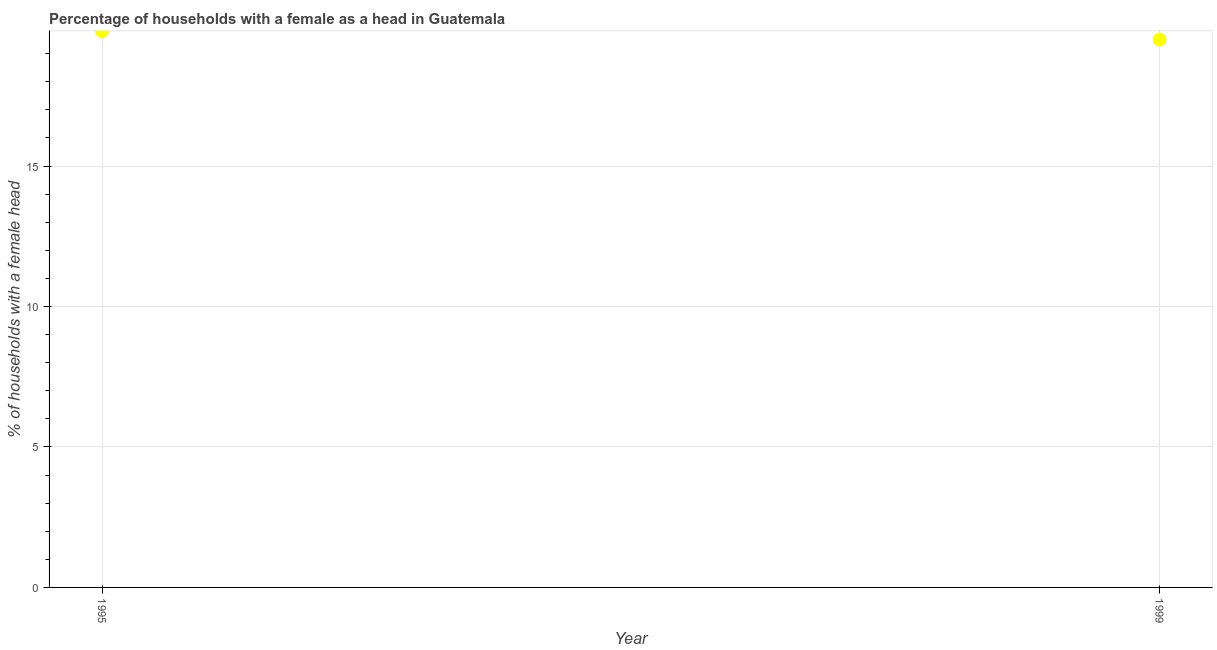
| Year | Female headed households |
 | --- | --- |
 | 1995 | 19.8 |
 | 1999 | 19.5 |